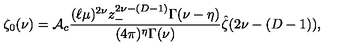
\zeta _ { 0 } ( \nu ) = { \cal A } _ { c } { \frac { ( \ell \mu ) ^ { 2 \nu } z _ { - } ^ { 2 \nu - ( D - 1 ) } \Gamma ( \nu - \eta ) } { ( 4 \pi ) ^ { \eta } \Gamma ( \nu ) } } \hat { \zeta } ( 2 \nu - ( D - 1 ) ) ,